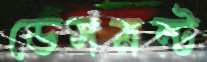
ডেসমন্ট